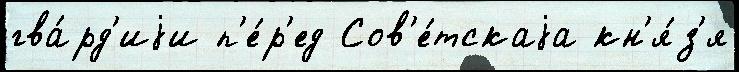
гва́рд'иjи п'е́р'ед Сов'е́тскаjа кн'я́з'я